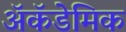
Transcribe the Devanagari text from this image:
ॲकॅडेमिक